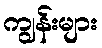
ကျွန်းများ